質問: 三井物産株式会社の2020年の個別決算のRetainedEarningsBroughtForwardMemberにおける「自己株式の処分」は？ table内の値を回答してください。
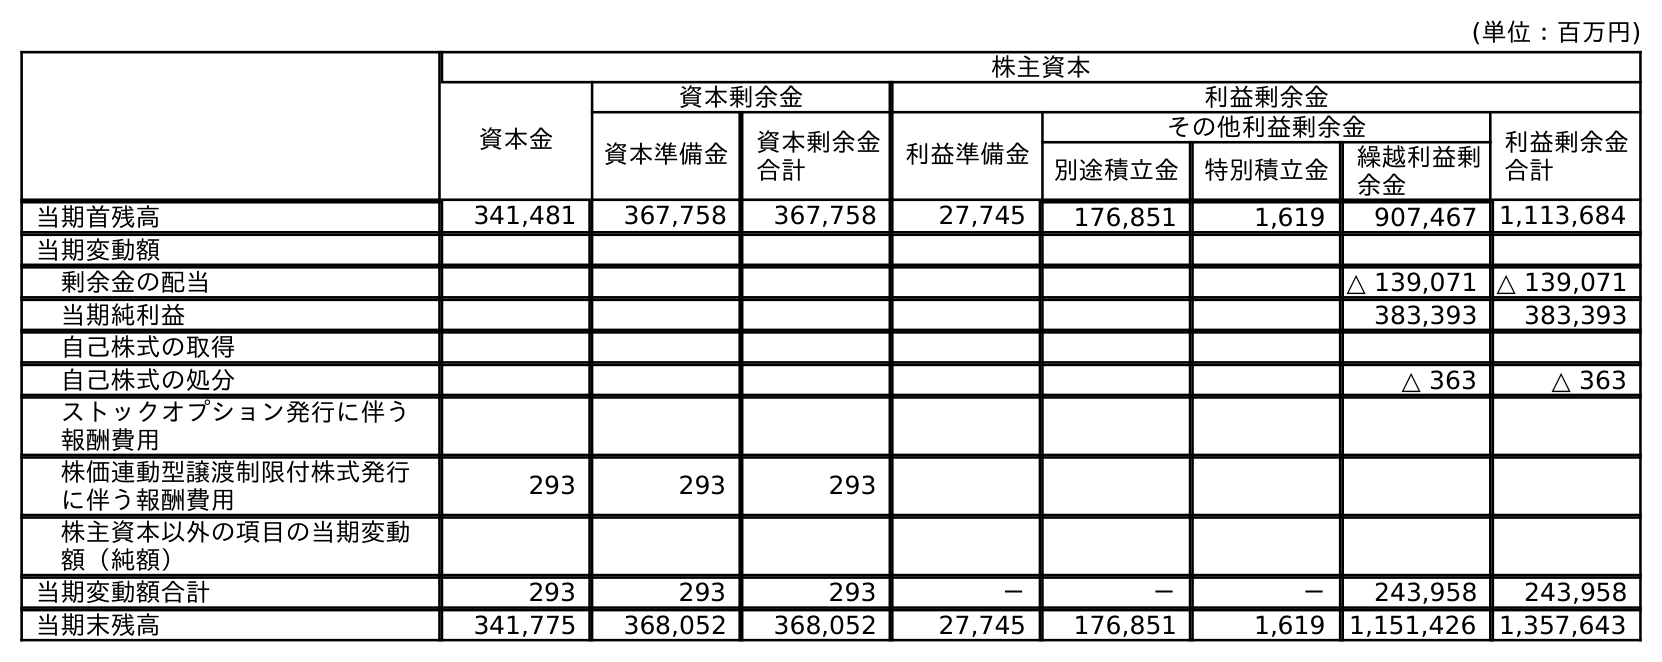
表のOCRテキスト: (単位：百万円) 株主資本 資本金 資本剰余金 利益剰余金 資本準備金 資本剰余金 合計 利益準備金 その他利益剰余金 利益剰余金 合計 別途積立金 特別積立金 繰越利益剰 余金 当期首残高 341,481 367,758 367,758 27,745 176,851 1,619 907,467 1,113,684 当期変動額 剰余金の配当 △ 139,071 △ 139,071 当期純利益 383,393 383,393 自己株式の取得 自己株式の処分 △ 363 △ 363 ストックオプション発行に伴う 報酬費用 株価連動型譲渡制限付株式発行 に伴う報酬費用 293 293 293 株主資本以外の項目の当期変動 額（純額） 当期変動額合計 293 293 293 － － － 243,958 243,958 当期末残高 341,775 368,052 368,052 27,745 176,851 1,619 1,151,426 1,357,643
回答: △363